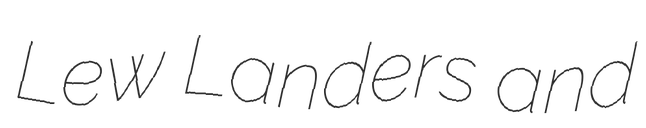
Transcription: Lew Landers and